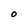
Character: O